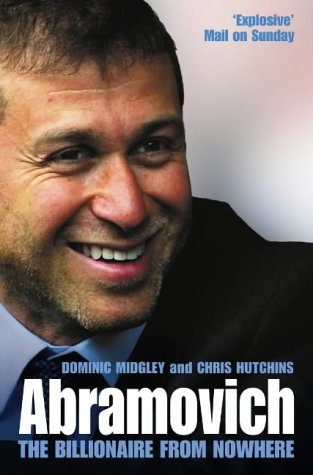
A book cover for Abramovich: The Billionaire from Nowhere; Dominic Midgley; Biographies & Memoirs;